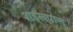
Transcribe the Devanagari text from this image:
शड्खपाल